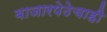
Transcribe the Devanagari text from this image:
बाजारपेठेचाही